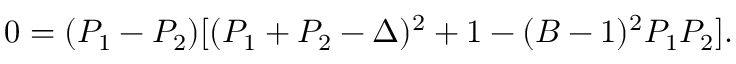
0 = ( P _ { 1 } - P _ { 2 } ) [ ( P _ { 1 } + P _ { 2 } - \Delta ) ^ { 2 } + 1 - ( B - 1 ) ^ { 2 } P _ { 1 } P _ { 2 } ] .